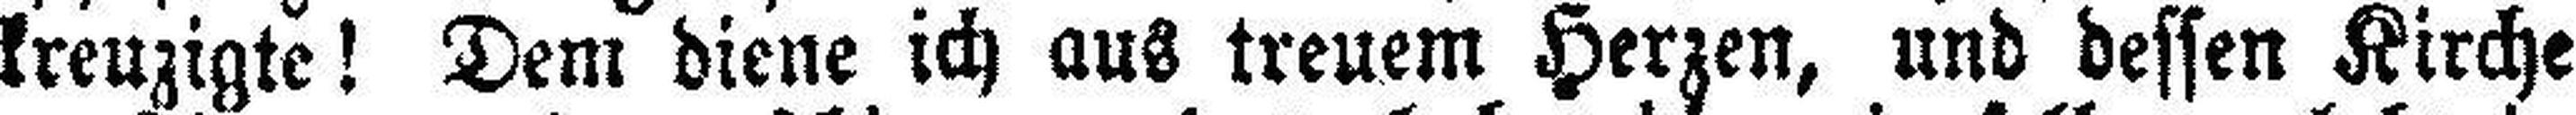
kreuzigte! Dem diene ich aus treuem Herzen, und dessen Kirche